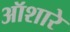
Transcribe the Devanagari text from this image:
ऑशारे